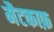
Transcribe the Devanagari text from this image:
मैटकाफ़